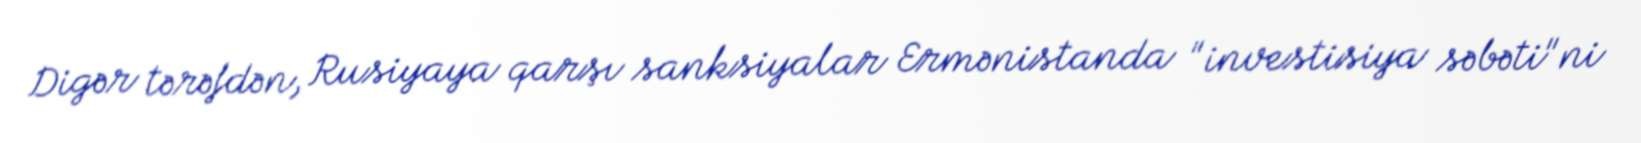
Digər tərəfdən, Rusiyaya qarşı sanksiyalar Ermənistanda "investisiya səbəti"ni